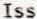
ISS